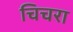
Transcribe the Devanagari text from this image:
चिचरा